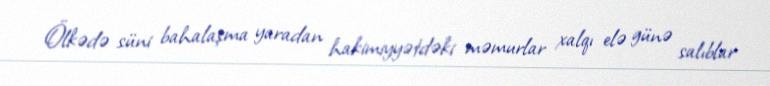
Ölkədə süni bahalaşma yaradan hakimiyyətdəki məmurlar xalqı elə günə salıblar